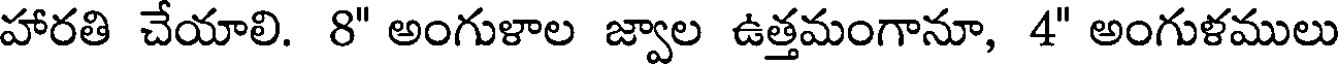
హారతి చేయాలి. 8" అంగుళాల జ్వాల ఉత్తమంగానూ, 4" అంగుళములు